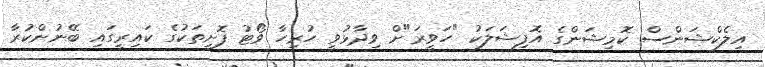
އިލެކްޝަންސް ކޮމިޝަންގެ އޮފިޝަލަކު "ހަވީރަ"ށް ވިދާޅުވީ ހުރިހާ ވޯޓު ފޮށިތަކުގެ ކައިރީގައި ބޭނުންކުރާ